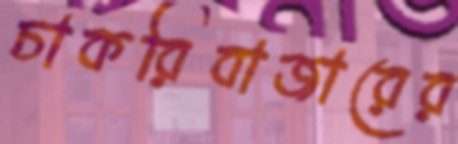
চাকরিবাজারের